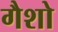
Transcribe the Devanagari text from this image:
गैशो